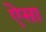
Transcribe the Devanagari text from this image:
ऐेसा